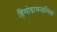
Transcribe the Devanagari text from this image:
हिमोडायनामिक